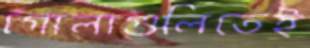
গোলাগুলিতেই